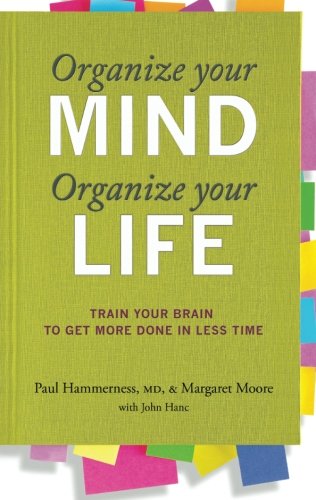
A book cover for Organize Your Mind, Organize Your Life: Train Your Brain to Get More Done in Less Time; Margaret Moore; Self-Help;